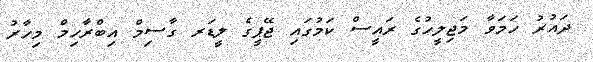
ދައުރު ހަމަވާ މަޖިލީހުގެ ރައީސް ކަމުގައި ޖޭޕީގެ ލީޑަރ ގާސިމް އިބްރާހިމް މިހާރު